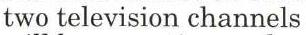
two television channels